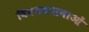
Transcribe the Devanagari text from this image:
विषयवासनाओं